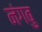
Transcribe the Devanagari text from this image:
नंगबु